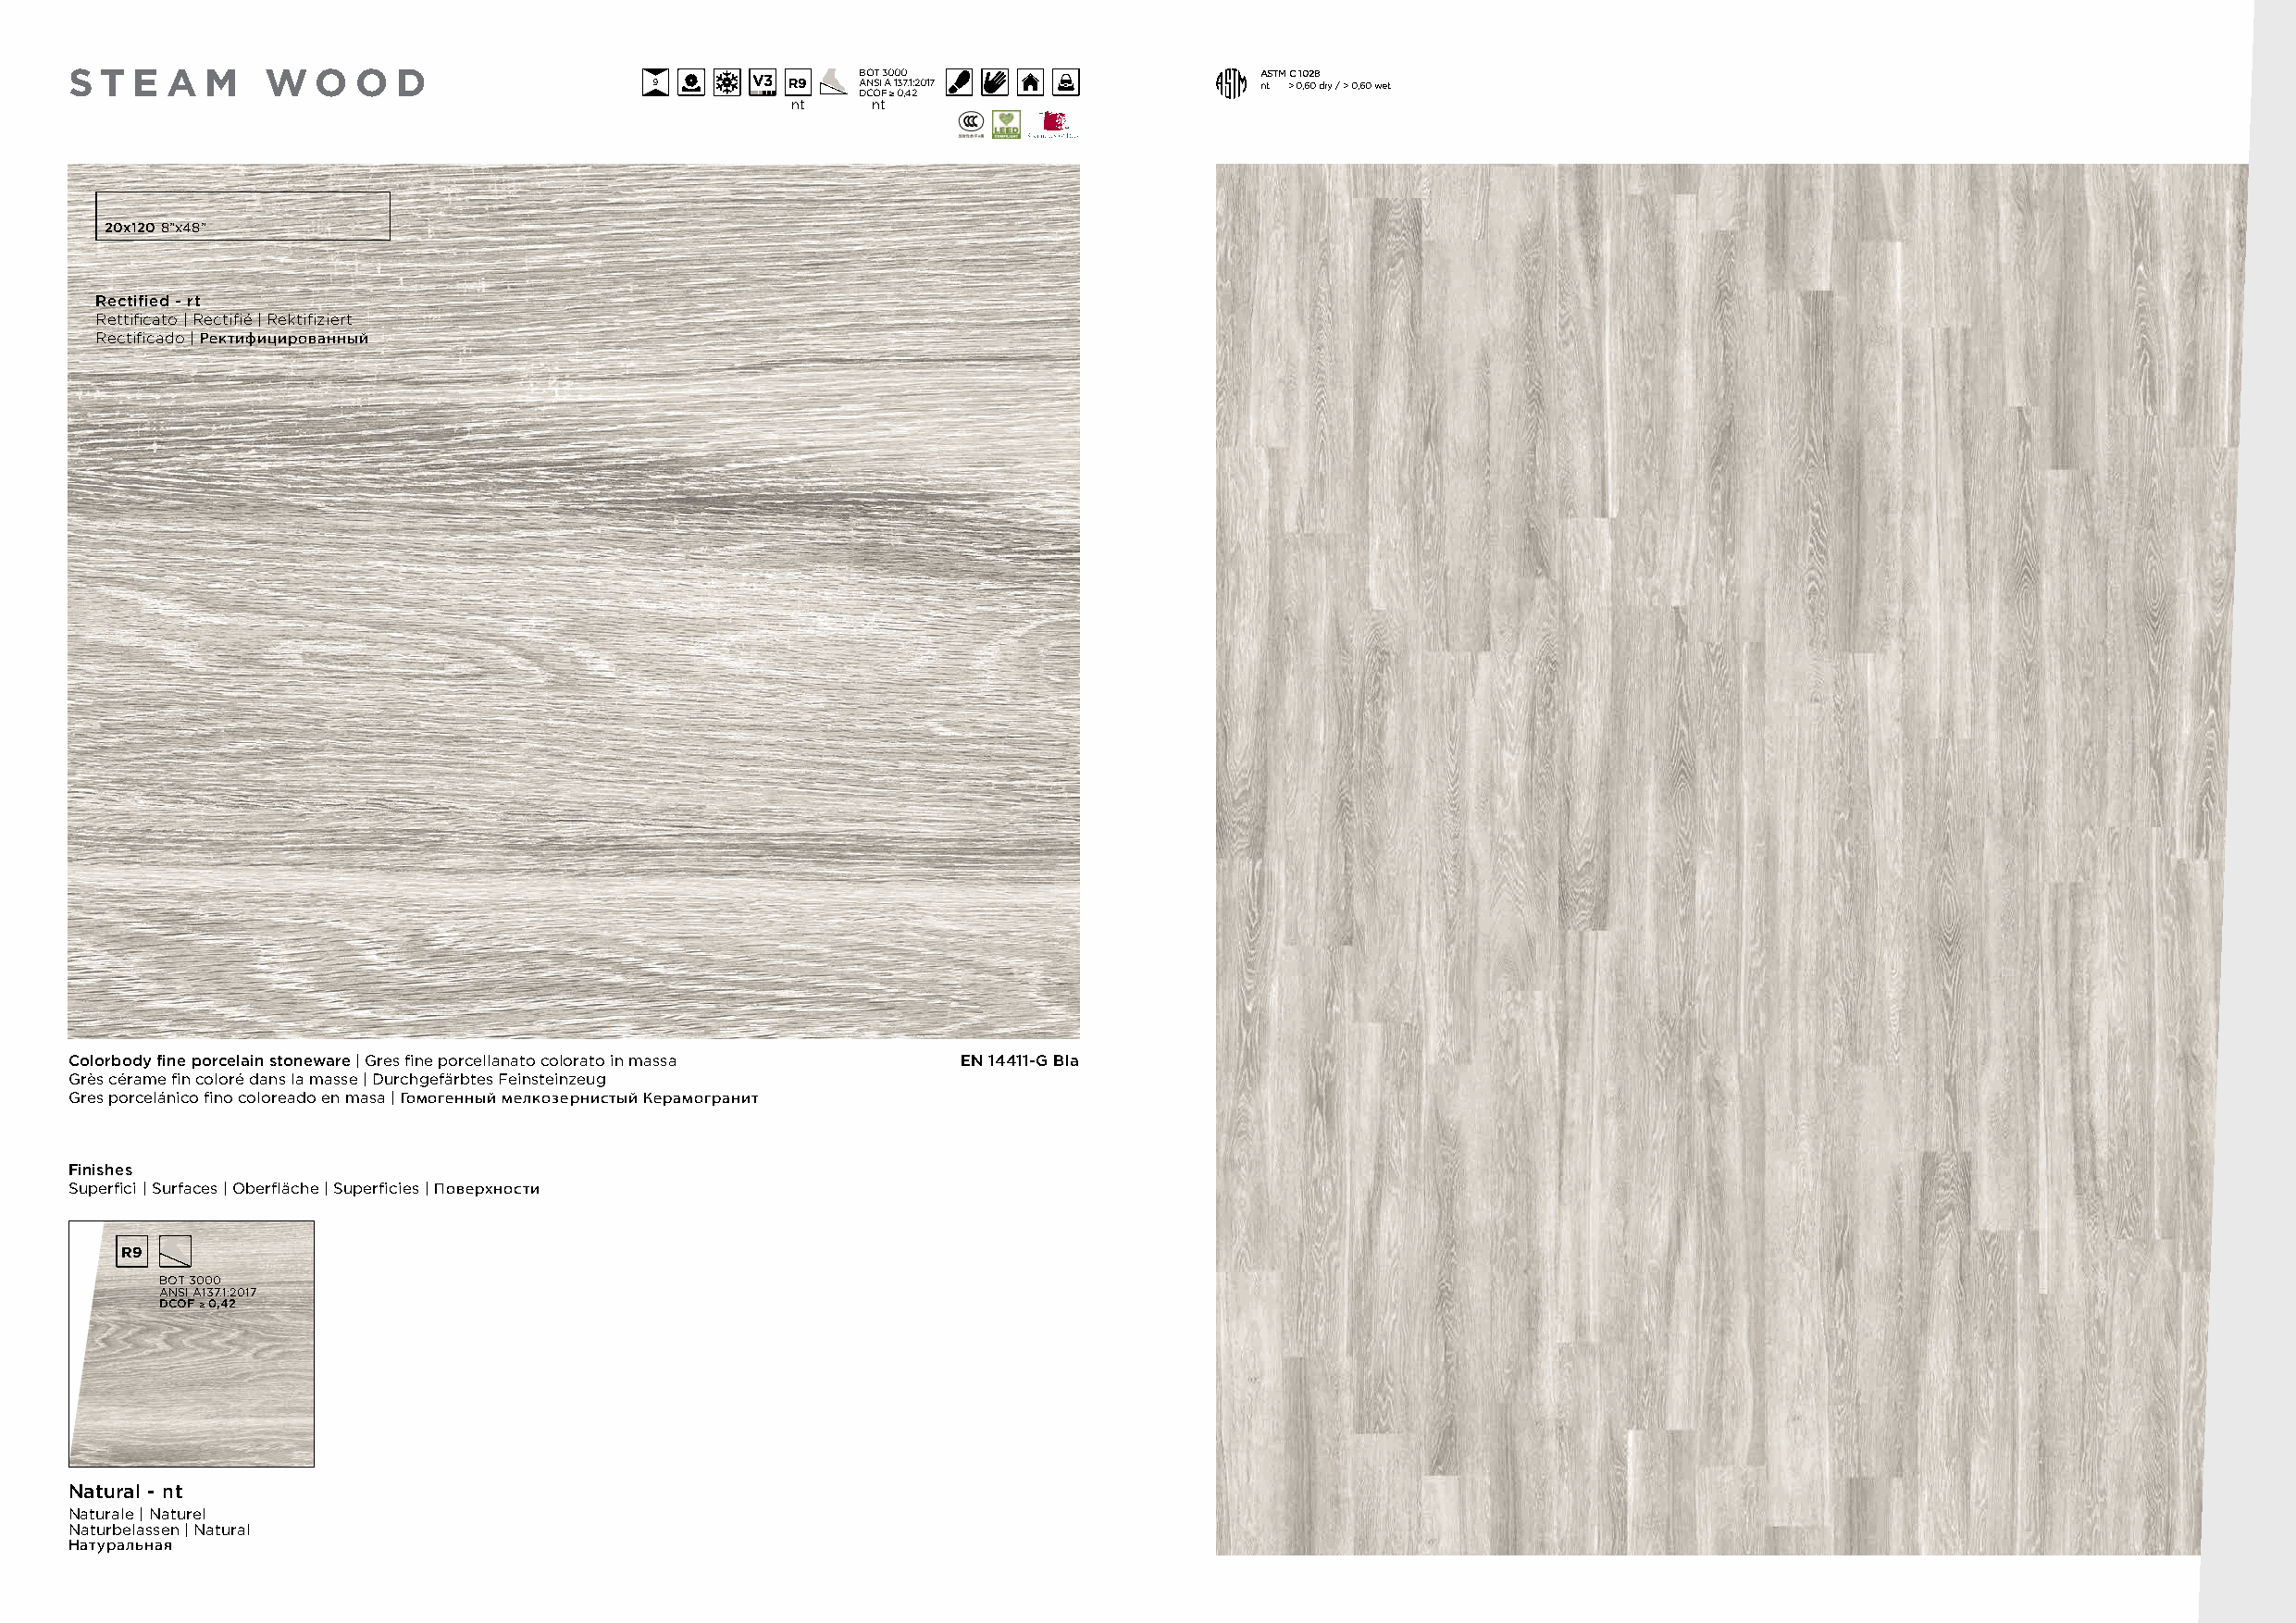
S T  E A  M   W   O O  D                                BOT 3000                     ASTM C 1028
 9      V3 R9  ANSI A 137.1:2017            nt > 0,60 dry / > 0,60 wet
 DCOF ≥ 0,42
 nt   nt
 20x120 8”x48”
 Rectified - rt
 Rettificato | Rectifié | Rektifiziert
 Rectificado | Ректифицированный
 Colorbody fine porcelain stoneware | Gres fine porcellanato colorato in massa EN 14411-G BIa
 Grès cérame fin coloré dans la masse | Durchgefärbtes Feinsteinzeug
 Gres porcelánico fino coloreado en masa | Гомогенный мелкозернистый Керамогранит
 Finishes
 Superfici | Surfaces | Oberfläche | Superficies | Поверхности
 R9
 BOT 3000
 ANSI A137.1:2017
 DCOF ≥ 0,42
 Natural - nt
 Naturale | Naturel
 Naturbelassen | Natural
 Натуральная